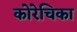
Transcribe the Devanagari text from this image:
कोरेचिका